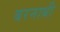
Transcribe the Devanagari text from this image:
बरनाबी